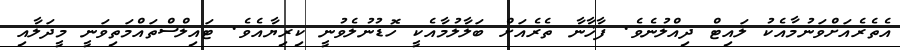
އެތެރެއަށްވަނުމާއެކު ލައިޓް ދިއްލުނެވެ. ފާޚާނާ ތެރެއަށް ބަލާލުމާއެކީ ހޮޑުނުލެވުނީ ކިރިޔާއެވެ. ޓައިލްސްތައްމަތިވަނީ މީދަލާއި